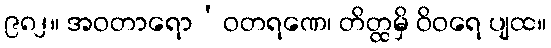
၉၈၂။ အဝတာရော’ဝတရဏေ၊ တိတ္ထမှိ ဝိဝရေ ပျထ။